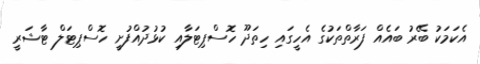
އެކަމަކު ބޭރު ބައެއް ފަރާތްތަކުގެ އެހީގައި ހިތަދޫ ހޮސްޕިޓަލާއި ކުޅުދުއްފުށީ ހޮސްޕިޓަލް ޓާޝަރީ